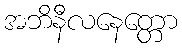
အဘိနီလနေတ္တော